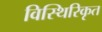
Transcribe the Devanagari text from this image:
विस्थिरिकृत